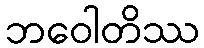
ဘဝေါတိဿ